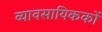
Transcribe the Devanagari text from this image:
व्यावसायिककों